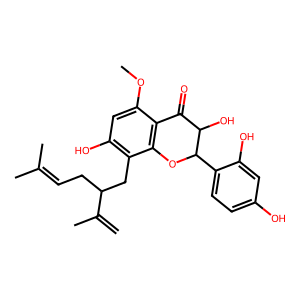
SMILES: C=C(C)C(CC=C(C)C)Cc1c(O)cc(OC)c2c1OC(c1ccc(O)cc1O)C(O)C2=O
Inhibits HIV replication: No